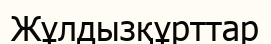
Жұлдызқұрттар